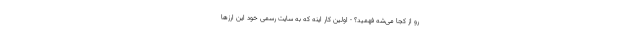
رو از کجا می­شه فهمید؟ - اولین کار اینه که به سایت رسمی خود این ارزها